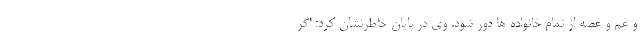
و غم و غصه از تمام خانواده ها دور شود. وی در پایان خاطرنشان کرد: اگر